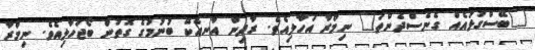
"ބޭސްގުޅައެއް ގެނެސްދެންތަ" ނިމްރާ އަހާލިއެވެ. ރާދިން އާނއެކޭ ބުނުމުގެ ގޮތުން ބޯޖަހާލިއެވެ. ނިމްރާ